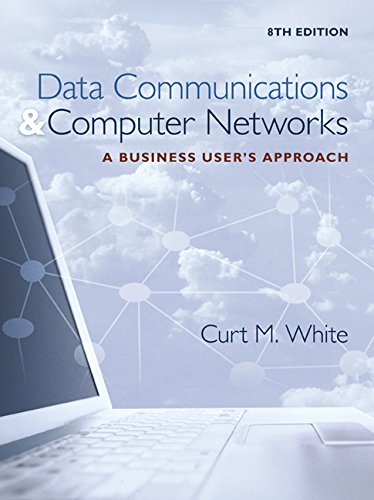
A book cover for Data Communications and Computer Networks: A Business User's Approach; Curt White; Computers & Technology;